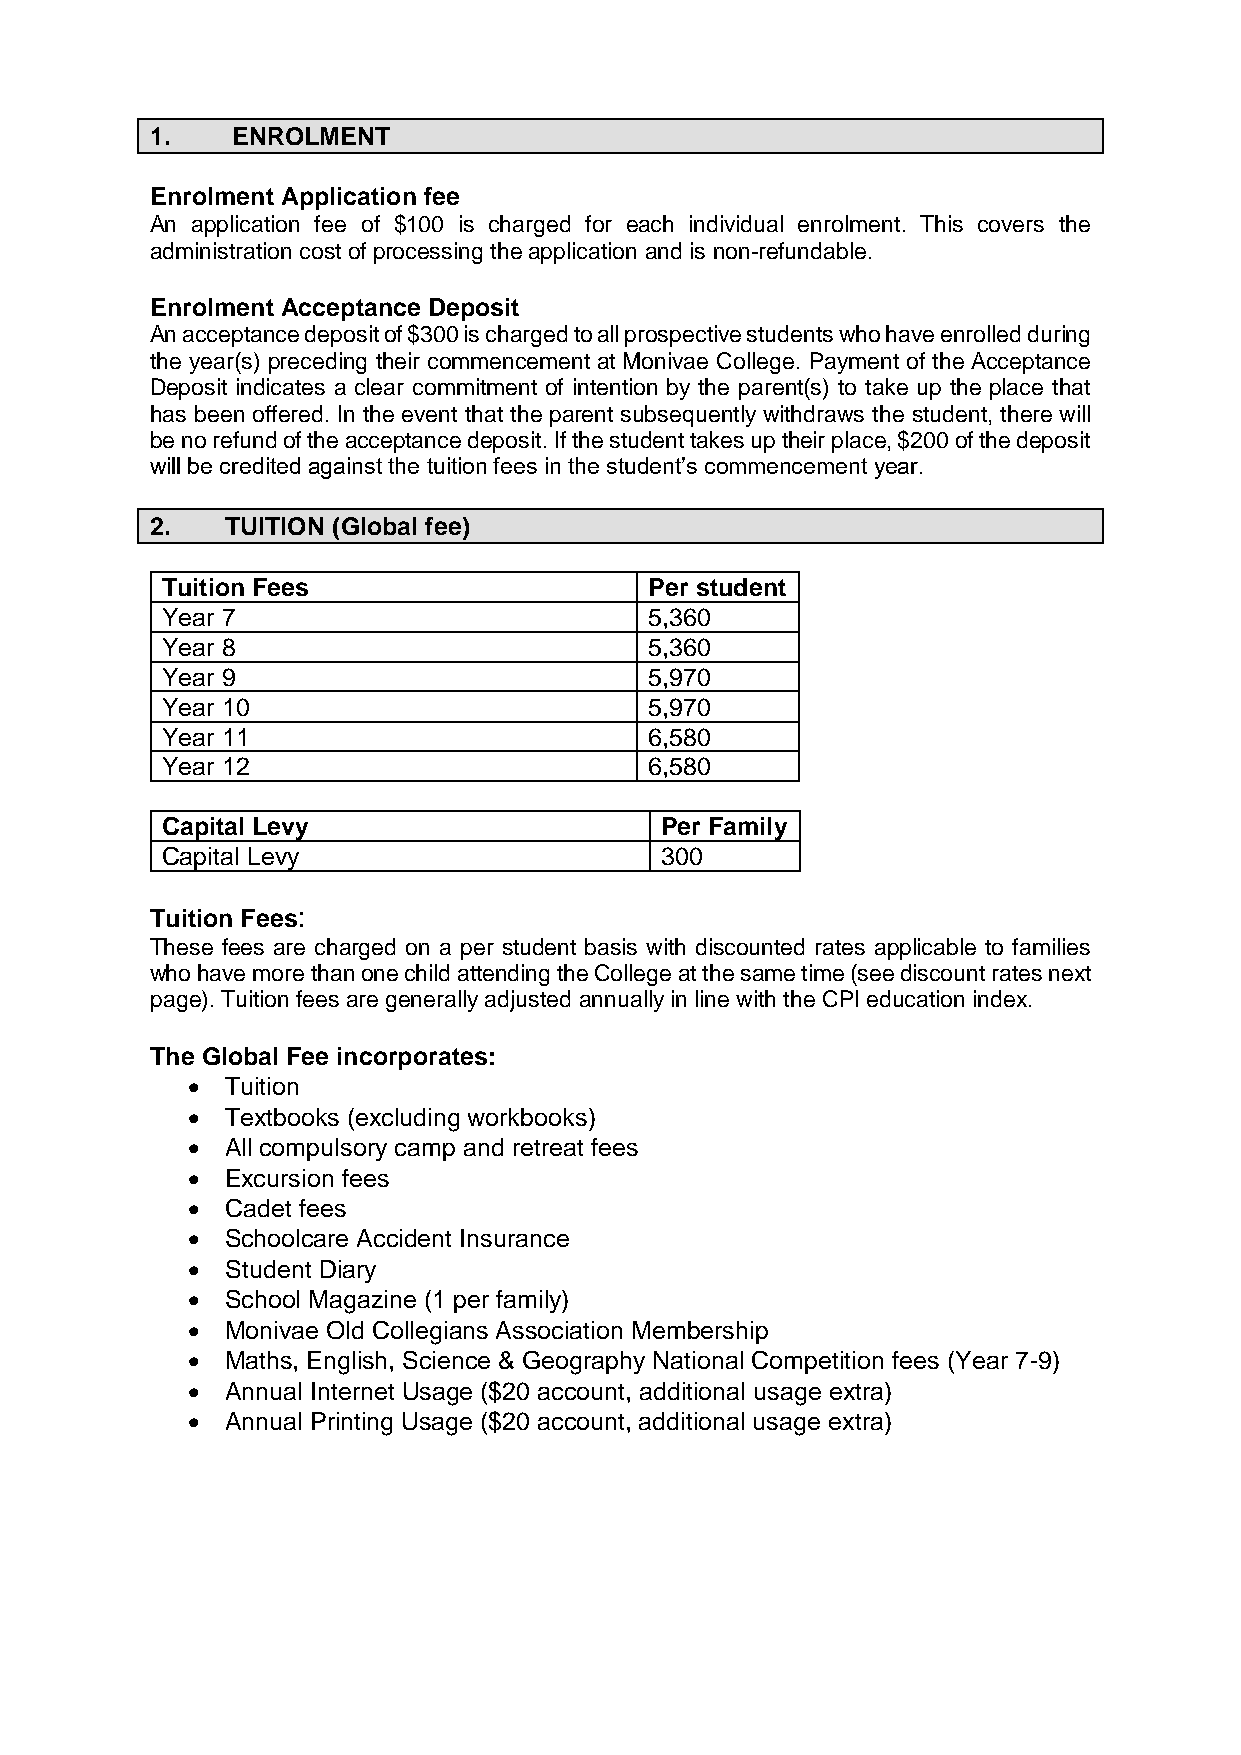
1.   ENROLMENT
 Enrolment Application fee
 An application fee of $100 is charged for each individual enrolment. This covers the
 administration cost of processing the application and is non-refundable.
 Enrolment Acceptance Deposit
 An acceptance deposit of $300 is charged to all prospective students who have enrolled during
 the year(s) preceding their commencement at Monivae College. Payment of the Acceptance
 Deposit indicates a clear commitment of intention by the parent(s) to take up the place that
 has been offered. In the event that the parent subsequently withdraws the student, there will
 be no refund of the acceptance deposit. If the student takes up their place, $200 of the deposit
 will be credited against the tuition fees in the student’s commencement year.
 2.   TUITION (Global fee)
 Tuition Fees                    Per student
 Year 7                          5,360
 Year 8                          5,360
 Year 9                          5,970
 Year 10                         5,970
 Year 11                         6,580
 Year 12                         6,580
 Capital Levy                     Per Family
 Capital Levy                     300
 Tuition Fees:
 These fees are charged on a per student basis with discounted rates applicable to families
 who have more than one child attending the College at the same time (see discount rates next
 page). Tuition fees are generally adjusted annually in line with the CPI education index.
 The Global Fee incorporates:
 •  Tuition
 •  Textbooks (excluding workbooks)
 •  All compulsory camp and retreat fees
 •  Excursion fees
 •  Cadet fees
 •  Schoolcare Accident Insurance
 •  Student Diary
 •  School Magazine (1 per family)
 •  Monivae Old Collegians Association Membership
 •  Maths, English, Science & Geography National Competition fees (Year 7-9)
 •  Annual Internet Usage ($20 account, additional usage extra)
 •  Annual Printing Usage ($20 account, additional usage extra)